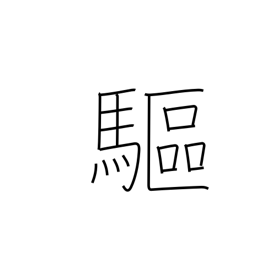
Meaning: expel